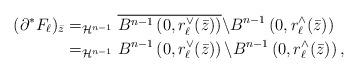
LaTeX: \begin{align*}(\partial^{*} F_{\ell} )_{\bar{z}}&=_{\mathcal{H}^{n-1}} \overline{B^{n-1} \left( 0 , r_{\ell}^{\vee}(\bar{z})\right)} \backslash B^{n-1} \left( 0 , r_{\ell}^{\wedge}(\bar{z})\right) \\&=_{\mathcal{H}^{n-1}} B^{n-1} \left( 0, r_{\ell}^{\vee}(\bar{z})\right) \backslash B^{n-1} \left( 0 , r_{\ell}^{\wedge}(\bar{z})\right),\end{align*}